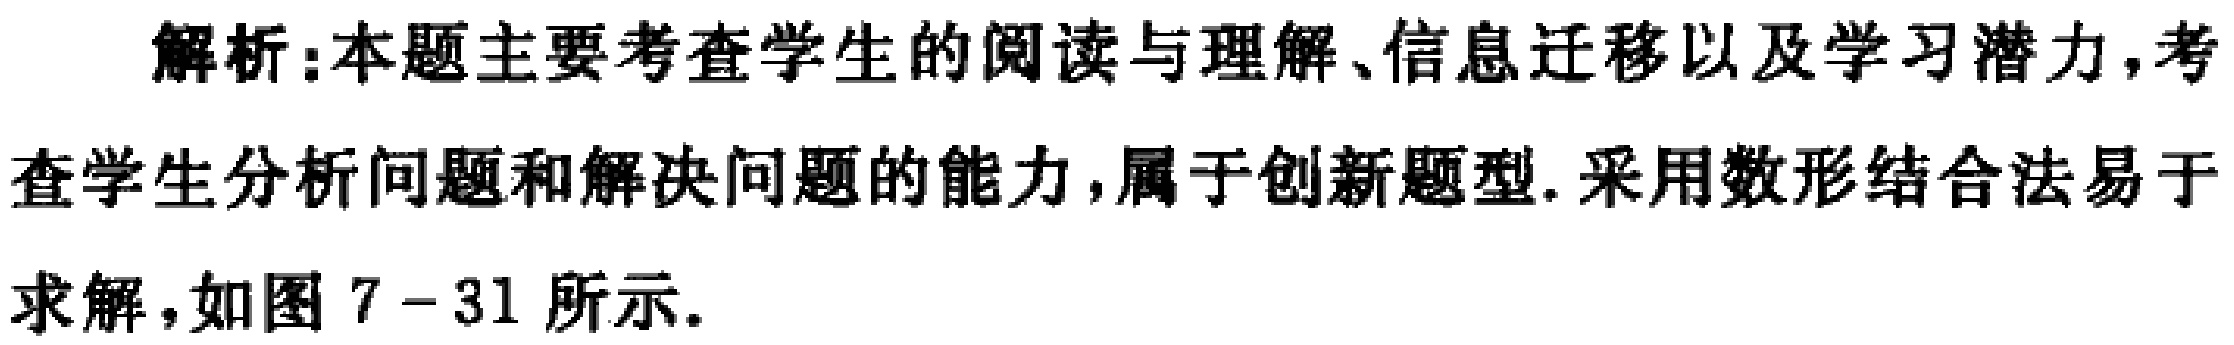
解析：本题主要考查学生的阅读与理解、信息迁移以及学习潜力,考查学生分析问题和解决问题的能力,属于创新题型. 采用数形结合法易于求解，如图 7 - 31 所示.